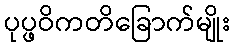
ပုပ္ဖဝိကတိခြောက်မျိုး